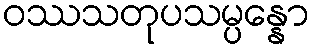
ဝဿသတုပသမ္ပန္နော